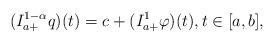
LaTeX: \begin{align*}(I_{a+}^{1-\alpha}q)(t)= c+(I^{1}_{a+} \varphi )(t),t \in [a,b],\end{align*}